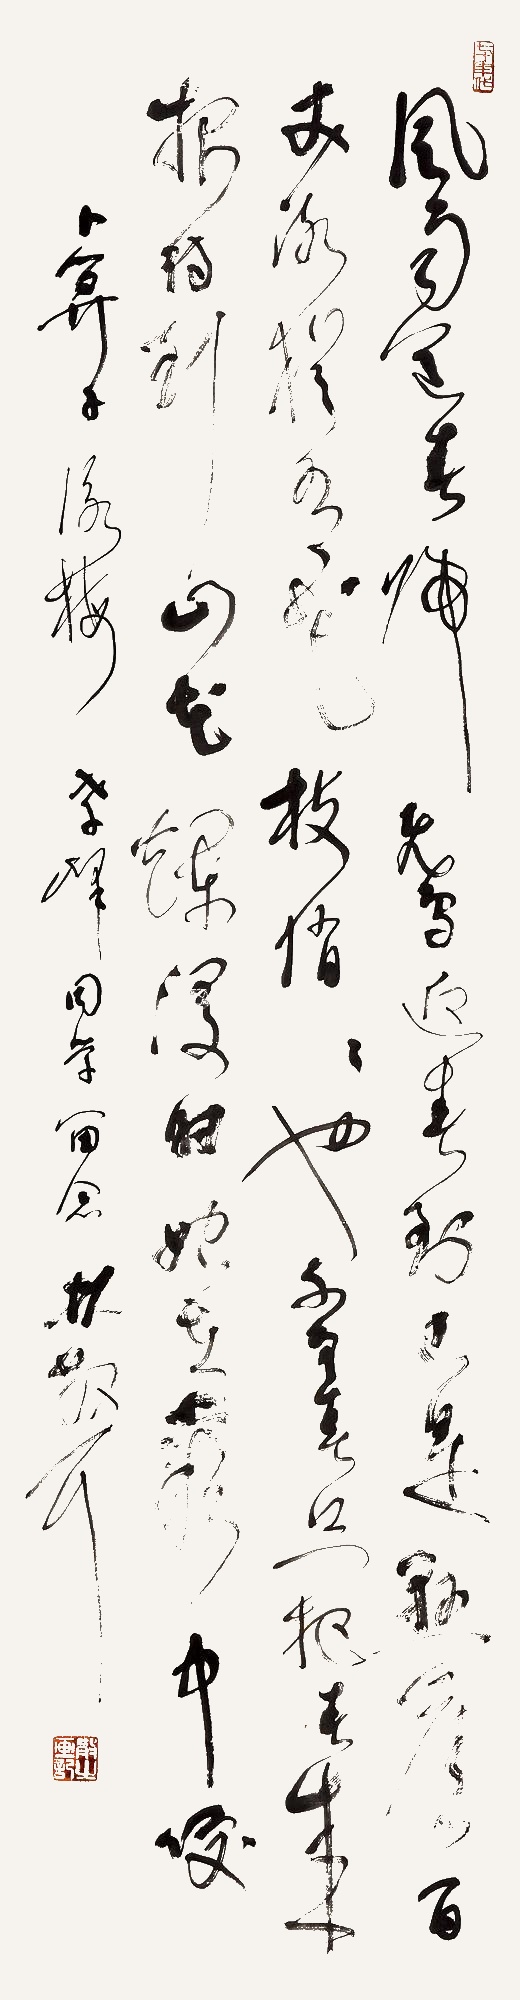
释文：风雨送春归，飞雪迎春到。已是悬崖百丈冰，犹有花枝俏。俏也不争春，只把春来报。待到山花烂漫时，她在丛中笑。《卜算子·咏梅》，孝峰同学留念，林散耳。